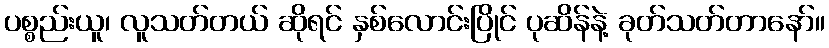
ပစ္စည်းယူ၊ လူသတ်တယ် ဆိုရင် နှစ်လောင်းပြိုင် ပုဆိန်နဲ့ ခုတ်သတ်တာနော်။